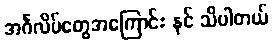
အင်္ဂလိပ်တွေအကြောင်း နင် သိပါတယ်